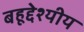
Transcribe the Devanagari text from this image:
बहूद्देश्यीय